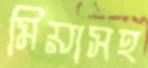
মিয়াসহ